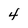
Character: 4